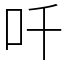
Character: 吀